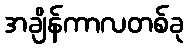
အချိန်ကာလတစ်ခု